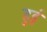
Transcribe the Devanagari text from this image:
हुइं